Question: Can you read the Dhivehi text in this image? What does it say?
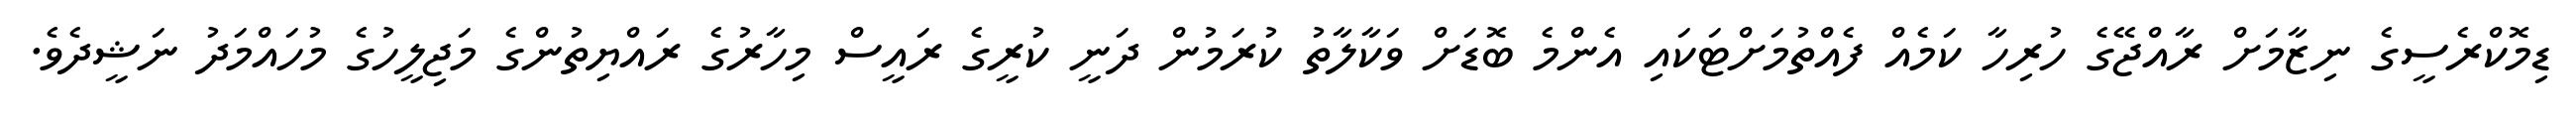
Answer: ޑިމޮކްރެސީގެ ނިޒާމަށް ރާއްޖޭގެ ހުރިހާ ކަމެއް ފެއްތުމަށްޓަކައި އެންމެ ބޮޑަށް ވަކާލާތު ކުރަމުން ދަނީ ކުރީގެ ރައީސް މިހާރުގެ ރައްޔިތުންގެ މަޖިލީހުގެ މުހައްމަދު ނަޝީދެވެ.